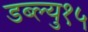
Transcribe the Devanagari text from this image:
डब्ल्यु१५